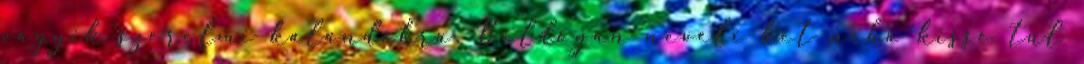
vágyik szerelmi kalandokra. Boldogan neveli két néha kissé túl